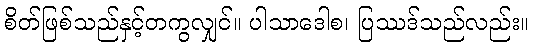
စိတ်ဖြစ်သည်နှင့်တကွလျှင်။ ပါသာဒေါစ၊ ပြဿဒ်သည်လည်း။